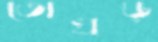
তোখড়